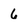
Character: 6